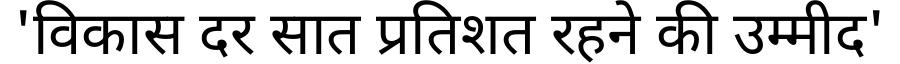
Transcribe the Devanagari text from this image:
'विकास दर सात प्रतिशत रहने की उम्मीद'